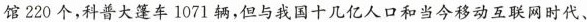
馆220个，科普大篷车1071辆，但与我国十几亿人口和当今移动互联网时代、